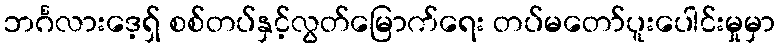
ဘင်္ဂလားဒေ့ရှ် စစ်တပ်နှင့်လွတ်မြောက်ရေး တပ်မတော်ပူးပေါင်းမှုမှာ